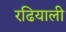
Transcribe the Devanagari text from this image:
रढियाली